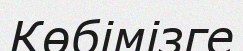
Көбімізге